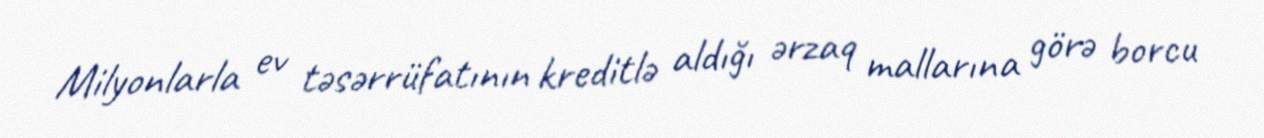
Milyonlarla ev təsərrüfatının kreditlə aldığı ərzaq mallarına görə borcu